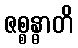
ဇစ္စန္ဓာတိ